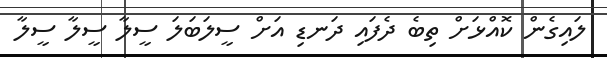
ލައިގެން ކޮއްޅަށް ތިބެ ދެފައި ދަނޑި އަށް ސީލަބަލަ ސީލާ ސީލާ ސީލާ